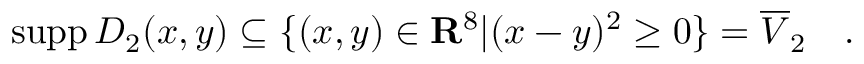
\mathrm { s u p p } \, D _ { 2 } ( x , y ) \subseteq \{ ( x , y ) \in { \bf { R } } ^ { 8 } | ( x - y ) ^ { 2 } \geq 0 \} = \overline { { { V } } } _ { 2 } \quad .